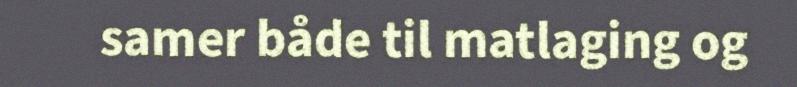
samer både til matlaging og